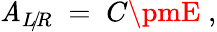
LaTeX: \mathit{A}_{L\! /\! R}\; =\; C\pmE\; ,